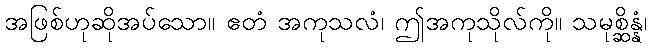
အဖြစ်ဟုဆိုအပ်သော။ ဧတံ အကုသလံ၊ ဤအကုသိုလ်ကို။ သမုစ္ဆိန္နံ၊